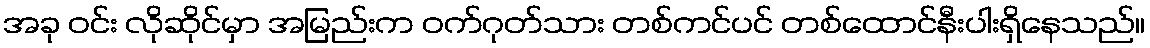
အခု ဝင်း လိုဆိုင်မှာ အမြည်းက ဝက်ဂုတ်သား တစ်ကင်ပင် တစ်ထောင်နီးပါးရှိနေသည်။